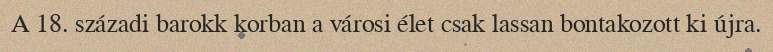
A 18. századi barokk korban a városi élet csak lassan bontakozott ki újra.